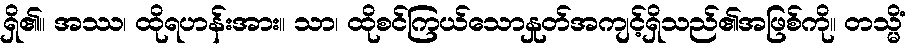
ရှိ၏။ အဿ၊ ထိုရဟန်းအား။ သာ၊ ထိုစင်ကြယ်သောနှုတ်အကျင့်ရှိသည်၏အဖြစ်ကို။ တသ္မိံ